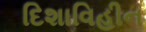
દિશાવિહીન